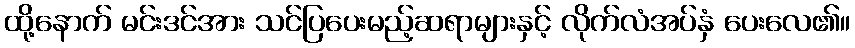
ထို့နောက် မင်းဒင်အား သင်ပြပေးမည့်ဆရာများနှင့် လိုက်လံအပ်နှံ ပေးလေ၏။